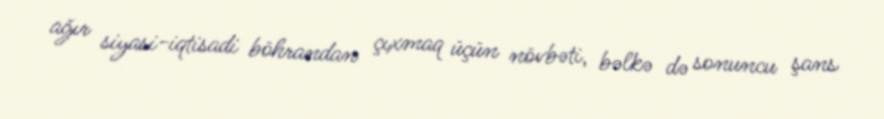
ağır siyasi-iqtisadi böhrandan çıxmaq üçün növbəti, bəlkə də sonuncu şans